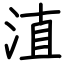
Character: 淔